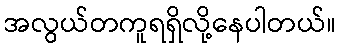
အလွယ်တကူရရှိလို့နေပါတယ်။